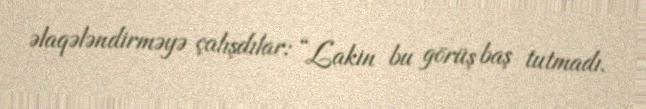
əlaqələndirməyə çalışdılar: “Lakin bu görüş baş tutmadı.